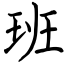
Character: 班